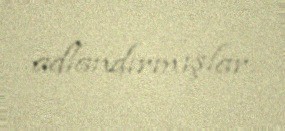
adlandırmışlar.